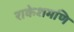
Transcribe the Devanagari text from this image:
राकेशमणि